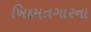
ખિદમતગારના